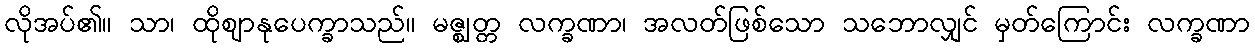
လိုအပ်၏။ သာ၊ ထိုဈာနုပေက္ခာသည်။ မဇ္ဈတ္တ လက္ခဏာ၊ အလတ်ဖြစ်သော သဘောလျှင် မှတ်ကြောင်း လက္ခဏာ